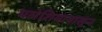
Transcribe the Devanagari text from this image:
मलेशियापासून